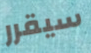
سيقرر